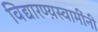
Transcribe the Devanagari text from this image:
विद्यारण्य़स्वामींनी